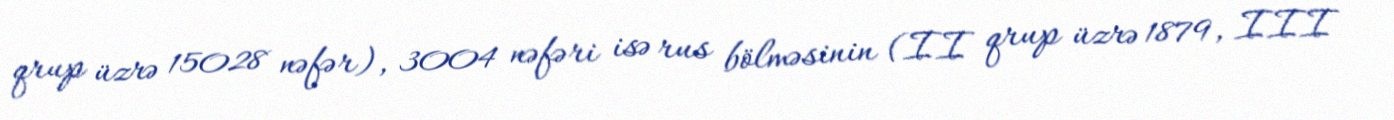
qrup üzrə 15028 nəfər), 3004 nəfəri isə rus bölməsinin (II qrup üzrə 1879, III